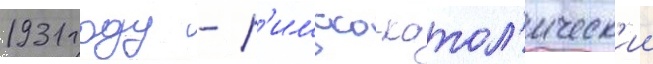
1931 году - р'имско-катол'ическ'ии